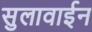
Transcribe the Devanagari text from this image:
सुलावाईन